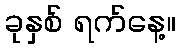
ခုနှစ် ရက်နေ့။